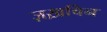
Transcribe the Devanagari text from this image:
ज़ख़चिन